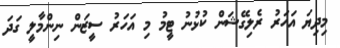
މިދިޔަ އަހަރު ރެލިގޭޝަން ކުޅުނު ޓީމު މި އަހަރު ސީޒަން ނިންމާލީ ގަދަ